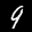
Label: 9